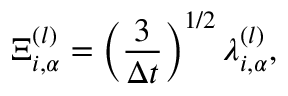
\Xi _ { i , \alpha } ^ { ( l ) } = \left( \frac { 3 } { \Delta t } \right) ^ { 1 / 2 } \lambda _ { i , \alpha } ^ { ( l ) } ,